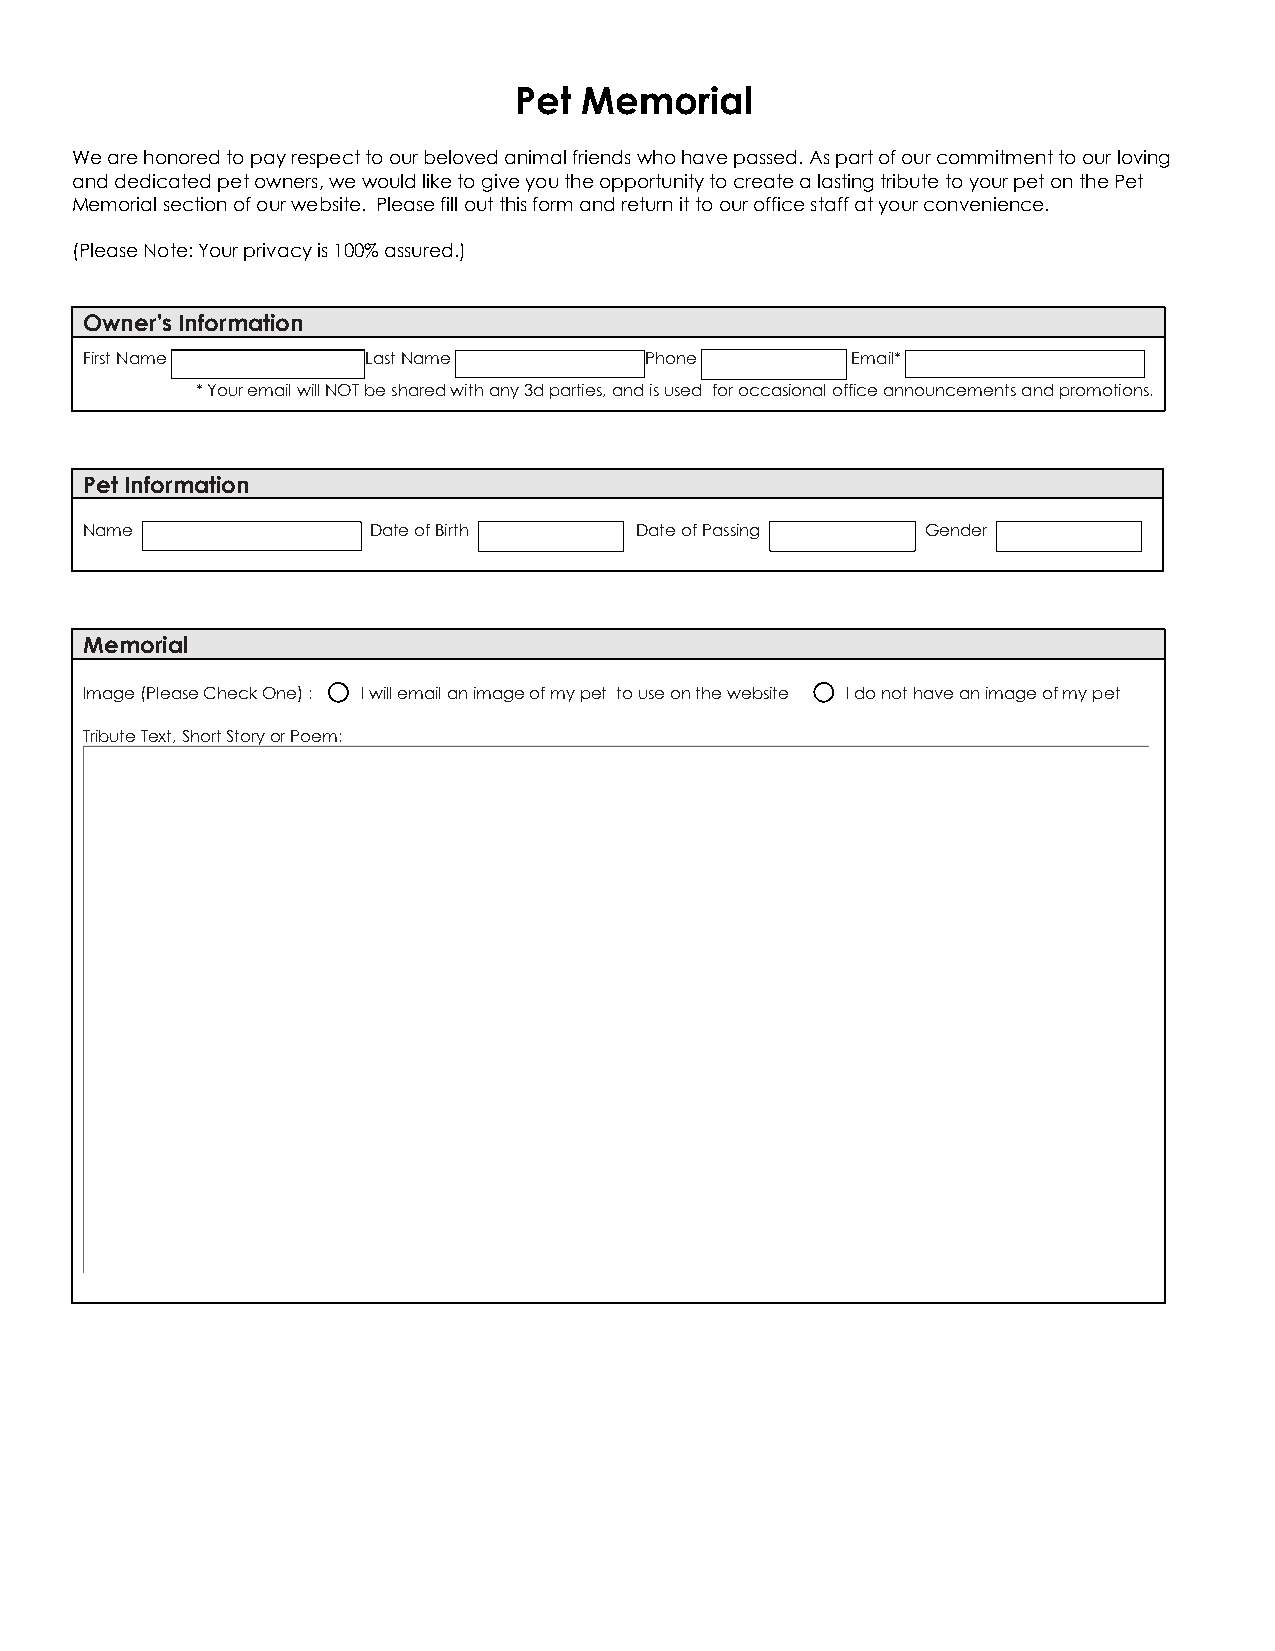
Pet Memorial
 We are honored to pay respect to our beloved animal friends who have passed. As part of our commitment to our loving
 and dedicated pet owners, we would like to give you the opportunity to create a lasting tribute to your pet on the Pet
 Memorial section of our website. Please fill out this form and return it to our office staff at your convenience.
 (Please Note: Your privacy is 100% assured.)
 Owner's Information
 First Name        Last Name          Phone        Email*
 * Your email will NOT be shared with any 3d parties, and is used for occasional office announcements and promotions.
 Pet Information
 Name              Date of Birth     Date of Passing    Gender
 Memorial
 Image (Please Check One) : I will email an image of my pet to use on the website I do not have an image of my pet
 Tribute Text, Short Story or Poem: